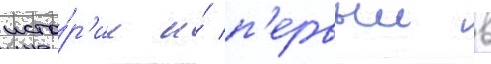
исто́р'ии и́ п'ервыи в